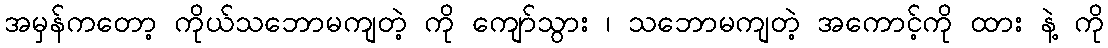
အမှန်ကတော့ ကိုယ်သဘောမကျတဲ့ ကို ကျော်သွား ၊ သဘောမကျတဲ့ အကောင့်ကို ထား နဲ့ ကို